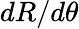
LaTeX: dR/d\theta